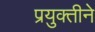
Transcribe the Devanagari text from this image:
प्रयुक्तीने